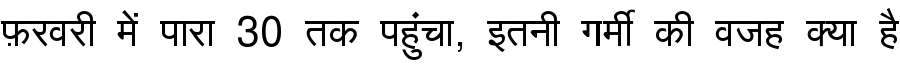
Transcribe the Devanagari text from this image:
फ़रवरी में पारा 30 तक पहुंचा, इतनी गर्मी की वजह क्या है